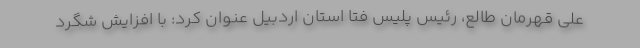
علی قهرمان طالع، رئیس پلیس فتا استان اردبیل عنوان کرد: با افزایش شگرد